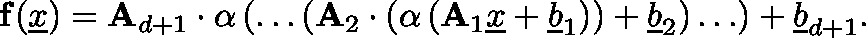
\mathbf { f } ( \underline { { x } } ) = \mathbf { A } _ { d + 1 } \cdot \mathbf { \alpha } \left( \ldots \left( \mathbf { A } _ { 2 } \cdot \left( \mathbf { \alpha } \left( \mathbf { A } _ { 1 } \underline { { x } } + \underline { { b } } _ { 1 } \right) \right) + \underline { { b } } _ { 2 } \right) \ldots \right) + \underline { { b } } _ { d + 1 } .